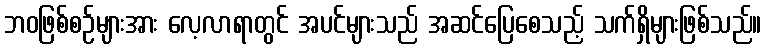
ဘဝဖြစ်စဉ်များအား လေ့လာရာတွင် အပင်များသည် အဆင်ပြေစေသည့် သက်ရှိများဖြစ်သည်။